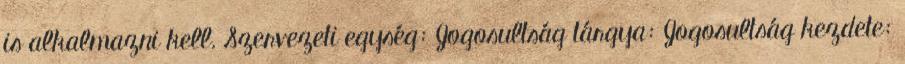
is alkalmazni kell. Szervezeti egység: Jogosultság tárgya: Jogosultság kezdete: